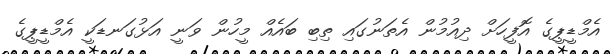
އެމްޑީޕީގެ އޮފީހަށް ދިއުމުން އެތަނުގައި ތިބި ބައެއް މީހުން ވަނީ އަޅުގަނޑަކީ އެމްޑީޕީގެ